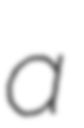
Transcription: a